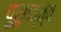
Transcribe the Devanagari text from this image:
पुरुषत्त्व